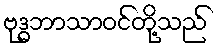
ဗုဒ္ဓဘာသာဝင်တို့သည်